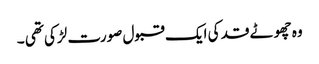
وہ چھوٹے قد کی ایک قبول صورت لڑکی تھی ۔